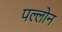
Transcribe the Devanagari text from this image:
पल्लोन